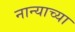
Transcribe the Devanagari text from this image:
नान्याच्या